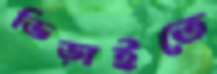
ভিড়াইতে